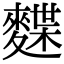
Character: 𪍐